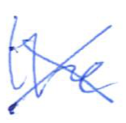
Text: the
Cross-out: cross
Writing tool: ballpoint